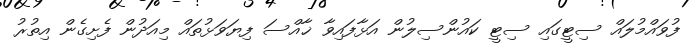
ފުވައްމުލައް ސިޓީގައި ސިޓީ ކައުންސިލުން އަޅާފައިވާ ޚާއްސަ ފިޔަވަޅުތައް މިއަދުން ފެށިގެން އިތުރު